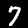
Digit: 7